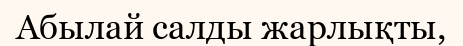
Абылай салды жарлықты,